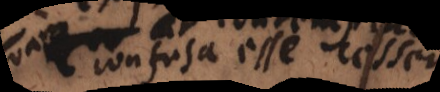
ut confusa esse cessent